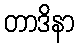
တာဒိနာ